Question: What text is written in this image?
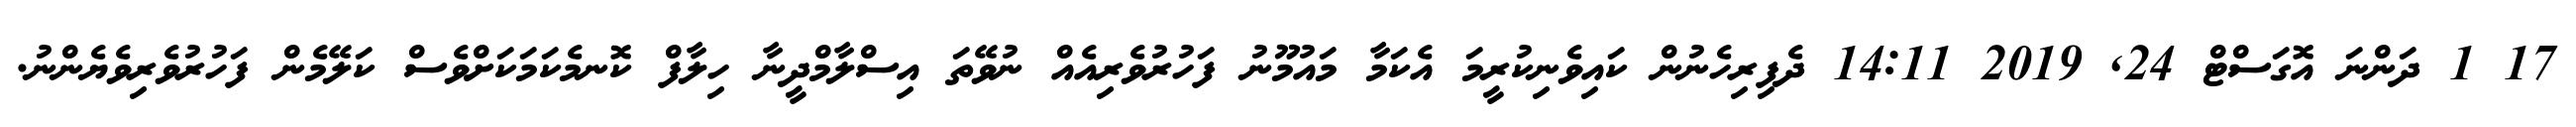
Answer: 17 1 ދަންނަ އޮގަސްޓް 24, 2019 14:11 ދެފިރިހެނުން ކައިވެނިކުރީމަ އެކަމާ މައުމޫނު ފަހުރުވެރިއެއް ނުވޭތަ އިސްލާމްދީނާ ހިލާފް ކޮނމެކަމަކަށްވެސް ކަލޭމެން ފަހުރުވެރިވެޔެންނު.